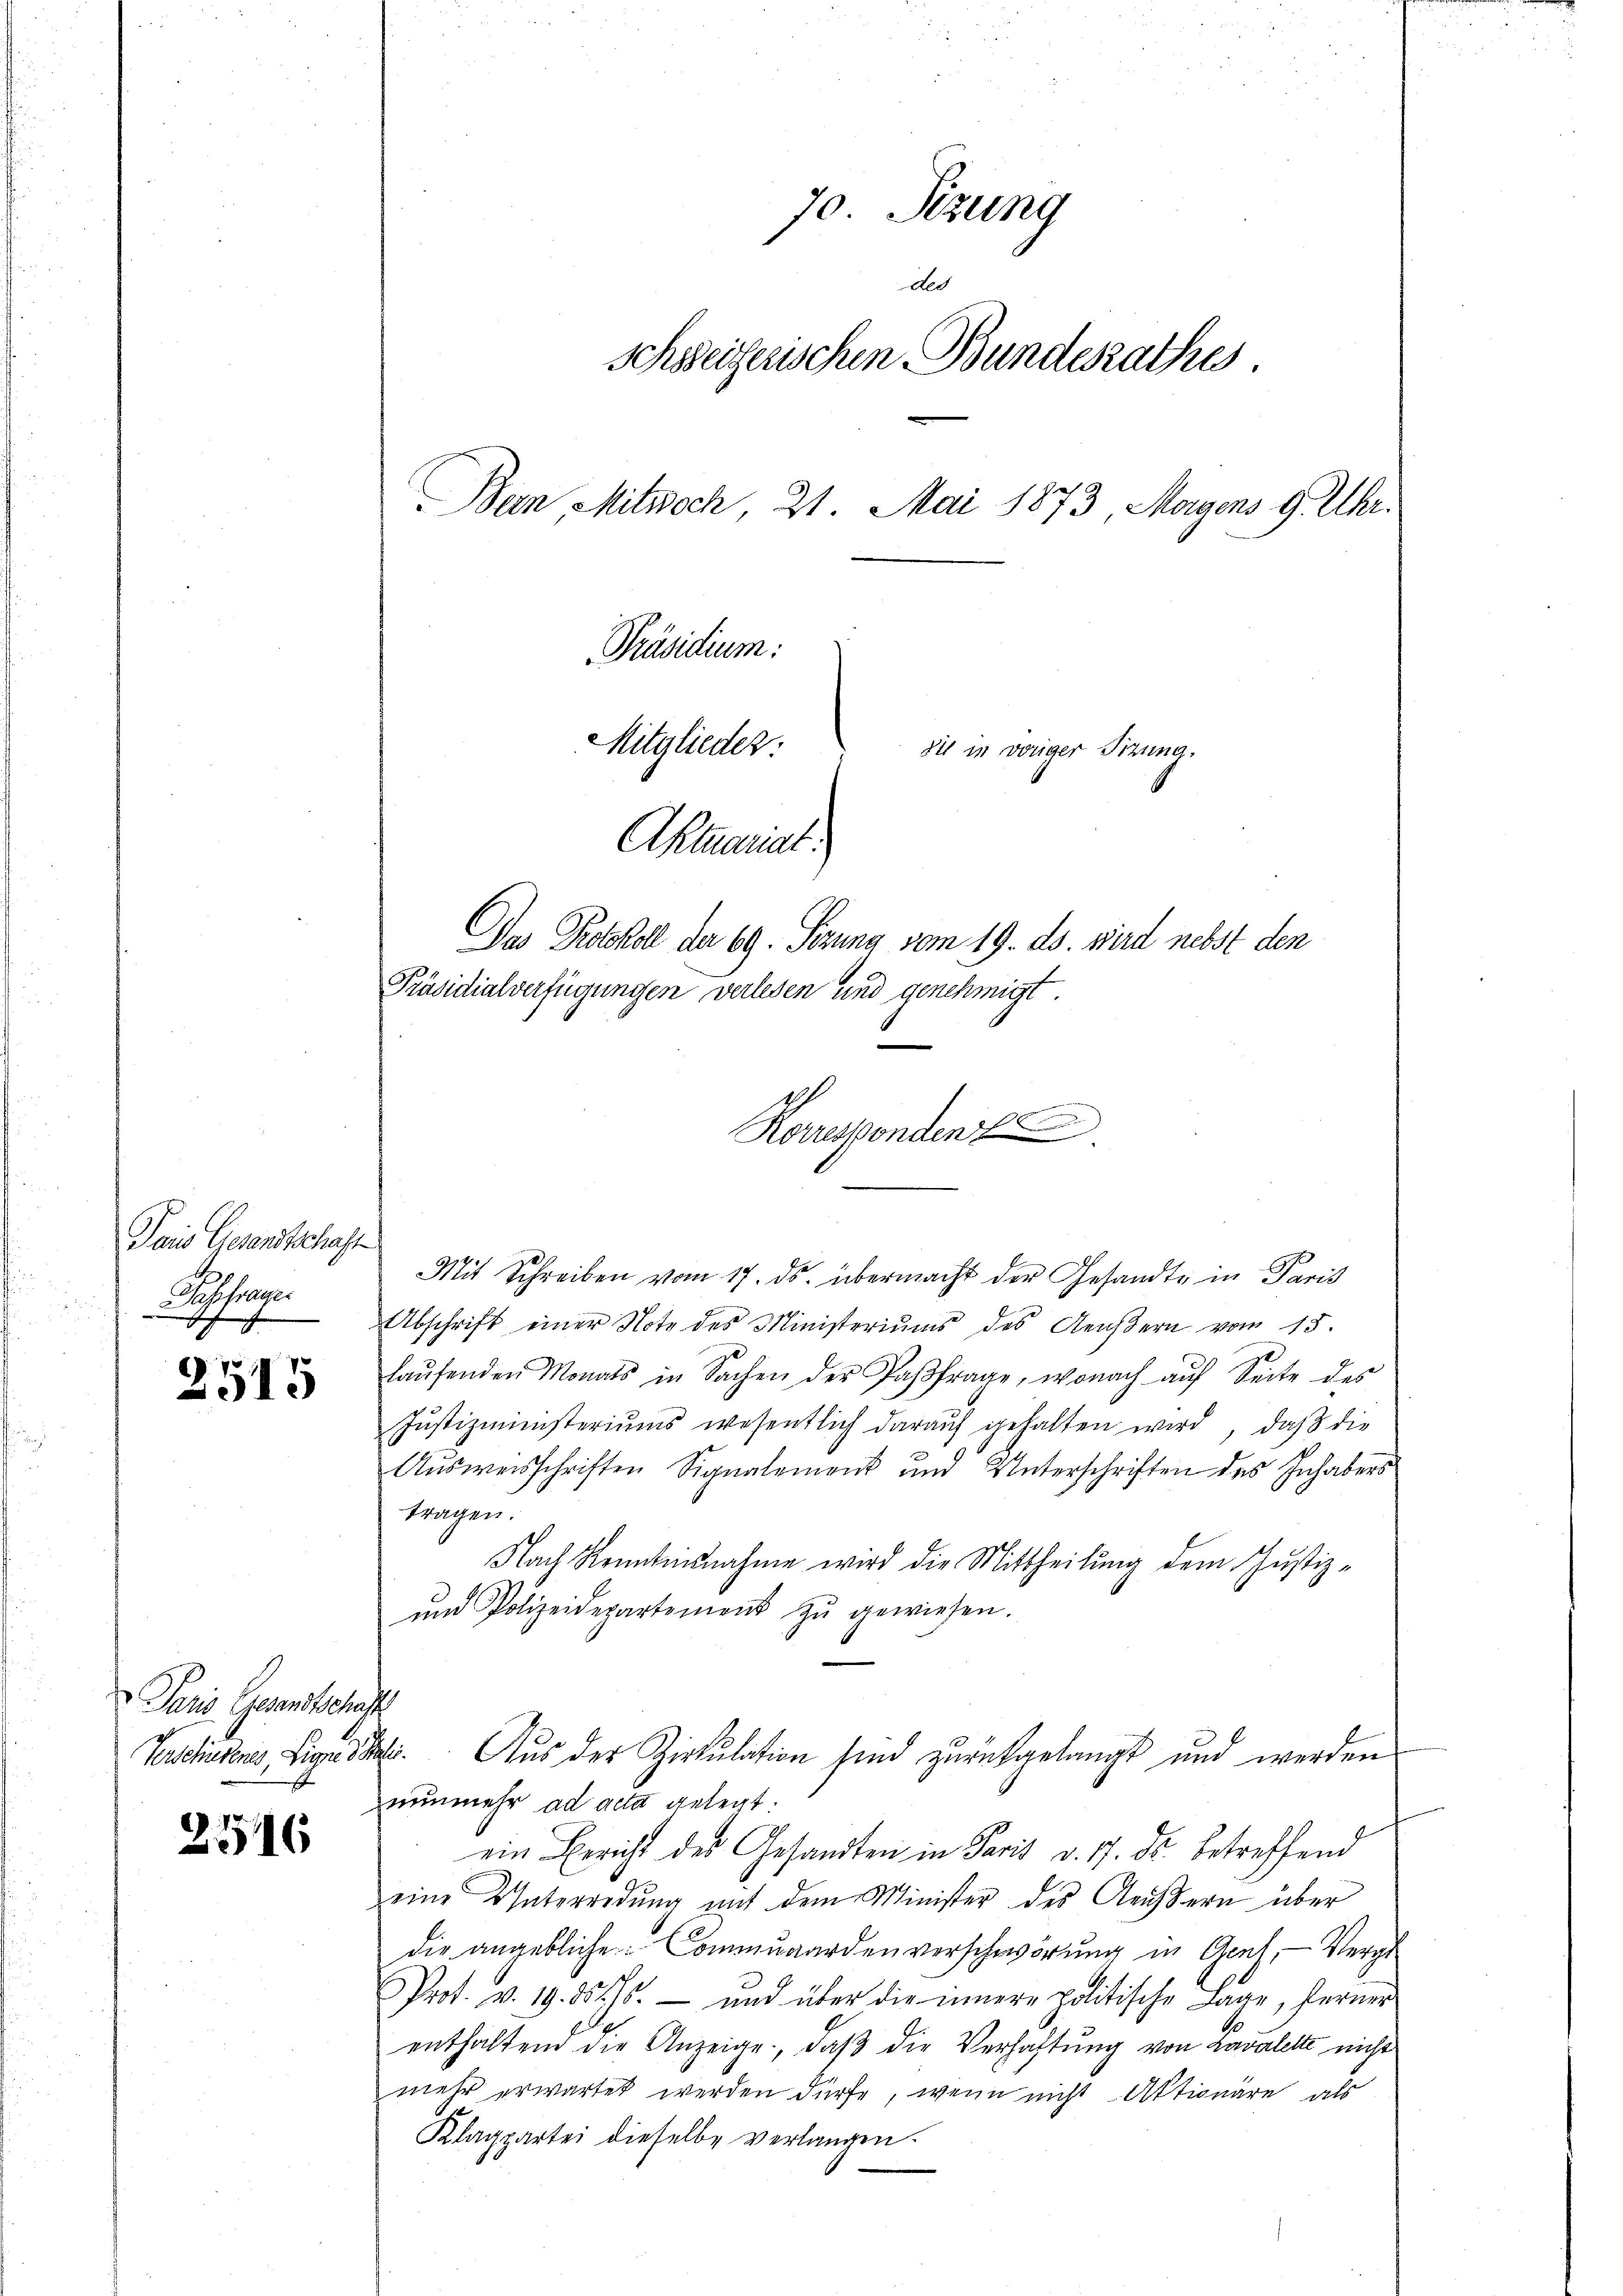
Pois Giesandtschaft
ochslungen

2515

Paris Gesandtschaft

2516

70. Sezung
des
schweizerischen Bundesrathes
Bein Mitwoch 21. Mai 1873, Magens 9. Uhr.
Präsidium:
Mitglieder:
die in voriger Sitzung.
Aktuariat

Das Protokoll de 69. Sezung vom 19. ds. wird nebst den
Präsidialverfügungen verlesen und genehmigt
Mit Schreiben vom 17. ds. übermacht der Gesandte in Paris
Abschrift einer Note des Ministeriŭms des Aeŭβern vom 15.
laŭfenden Monats in Sachen der Paβfrage, wonach aŭf Seite des
Justizministeriums wesentlich daraŭf gehalten wird, daß die
1
Aŭsweisschriften Signalement und Unterschriften des Inhabers
tragen.
Nach Kenntnisnahme wird die Mittheilung dem Justiz-
und Polizeidepartement zŭ gewiesen.
Verschulens, Liges. Aus der Zirkulation sind zurückgelangt und werden
nunmehr ad acta gelegt.
ein Bericht des Gesandten in Paris d. 17. ds. betreffend
eine Unterredung mit dem Minister des Aeussern über
die angebliche Communarden verschwörung in Genf, — Vergl
Prot. v. 19. d. Js. und über die innere politische Lage, ferner
enthaltend die Anzeige, daβ die Verhaltŭng von Lavalette nicht
mehr erwartet werden dürfe, wenn nicht Aktionäre als
Klagpartei dieselbe verlangen.

h
Rorrespondenz